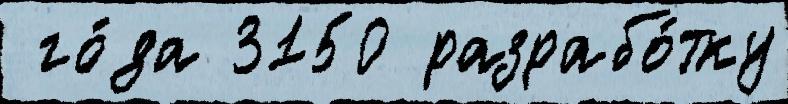
 го́да 3150 разрабо́тку